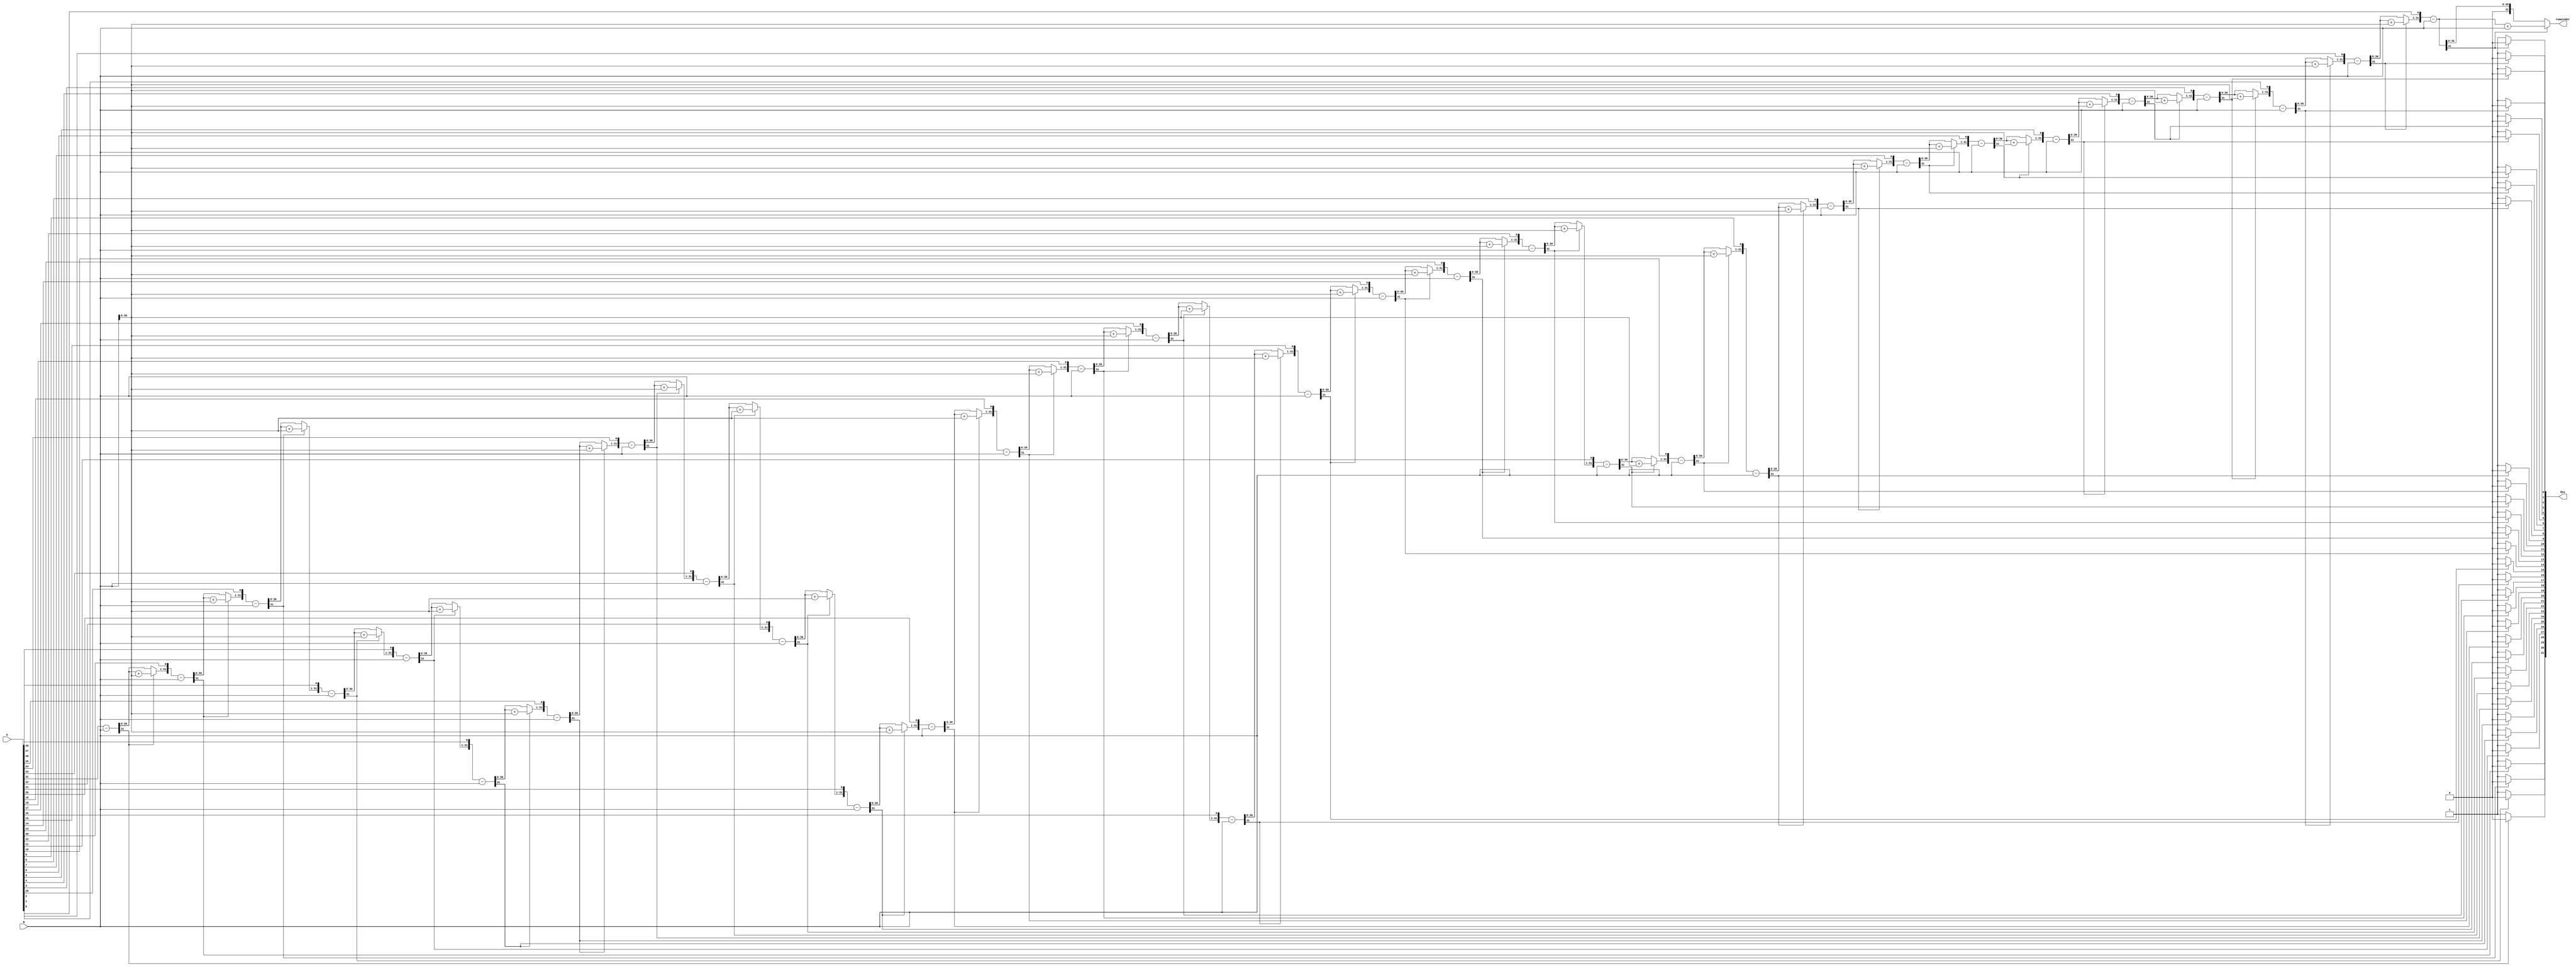
`timescale 1ns / 1ps

module Division32(A,B,Res,remainder);

    parameter WIDTH = 32;
    input [WIDTH-1:0] A;
    input [WIDTH-1:0] B;
    output [WIDTH-1:0] Res;
	 output reg [WIDTH-1:0] remainder;
    reg [WIDTH-1:0] Res = 0;
    reg [WIDTH-1:0] a1,b1;
    reg [WIDTH:0] p1;      
	 reg [7:0]remainderL;
    integer i;

    always@ (A or B)
    begin
        
        a1 = A;		
        b1 = B;		
        p1= 0;			
        for(i=0;i < WIDTH;i=i+1)    begin 
            p1 = {p1[WIDTH-2:0],a1[WIDTH-1]};
            a1[WIDTH-1:1] = a1[WIDTH-2:0];
            p1 = p1-b1;
            if(p1[WIDTH-1] == 1)    begin
                a1[0] = 0;			
                p1 = p1 + b1;   end	
            else
                a1[0] = 1;
        end
        Res = a1;   
		  {remainderL,remainder} = p1;
	 
	 end 

endmodule